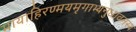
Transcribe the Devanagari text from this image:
मायाहिरण्मयमृगाभ्यनुधावनस्य